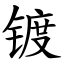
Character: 镀